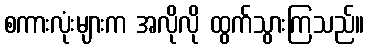
စကားလုံးများက အလိုလို ထွက်သွားကြသည်။